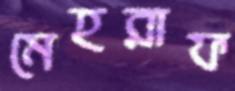
মেহরাফ